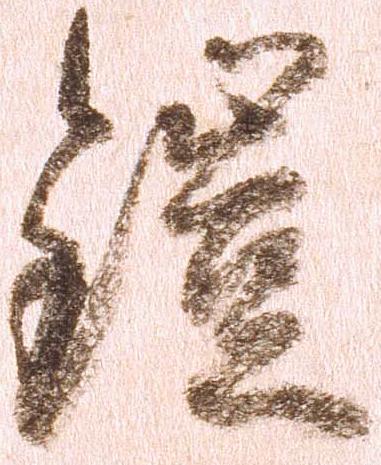
鎧